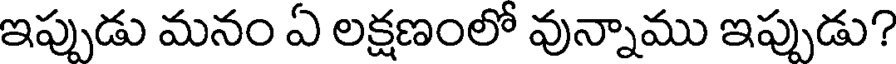
ఇప్పుడు మనం ఏ లక్షణంలో వున్నాము ఇప్పుడు?